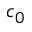
c _ { 0 }